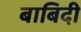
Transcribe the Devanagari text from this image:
बाबिदी